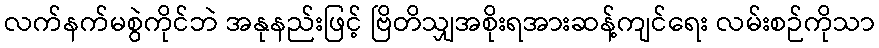
လက်နက်မစွဲကိုင်ဘဲ အနုနည်းဖြင့် ဗြိတိသျှအစိုးရအားဆန့်ကျင်ရေး လမ်းစဉ်ကိုသာ